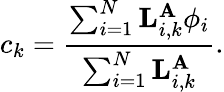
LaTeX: c_{k}=\frac{\sum_{i=1}^{N}{\mathbf L}_{i,k}^{{\mathbf A}}\phi_{i}}{\sum_{i=1}^{N}{\mathbf L}_{i,k}^{{\mathbf A}}}.